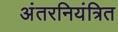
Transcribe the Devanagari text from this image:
अंतरनियंत्रित